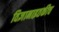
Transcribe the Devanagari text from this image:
विज्ञानाइतकीच